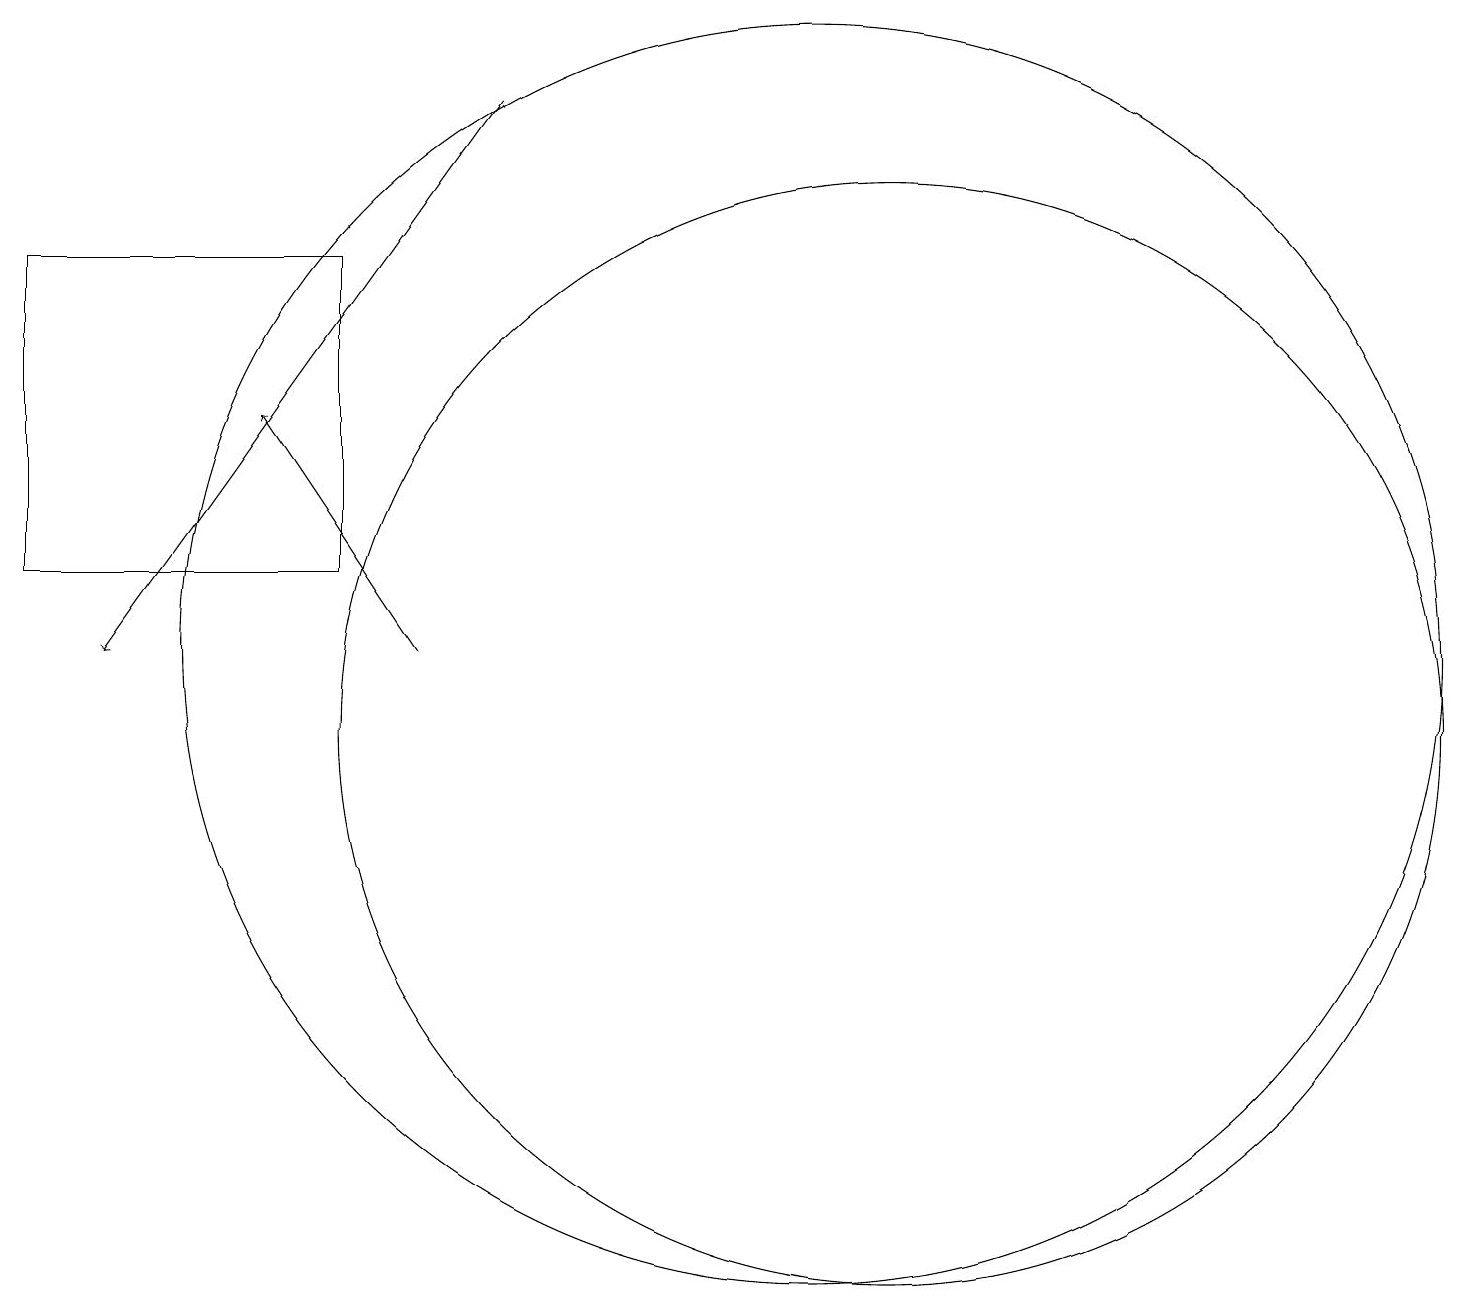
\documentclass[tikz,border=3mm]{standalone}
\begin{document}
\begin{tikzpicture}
\draw[->] (7,18) -- (2,11);
\draw (12,10) circle (7);
\draw[->] (6,11) -- (4,14);
\draw (5,16) rectangle (1,12);
\draw (11,11) circle (8);
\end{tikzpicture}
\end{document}